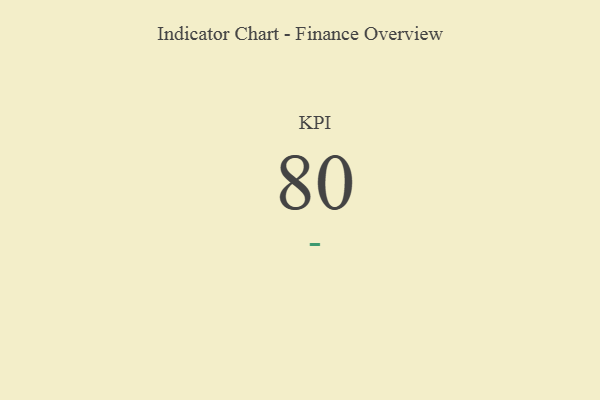
{"axis": {"x": "KPI", "y": "Value"}, "legend": [""], "data": [{"x": "KPI", "y": 80, "type": ""}]}